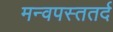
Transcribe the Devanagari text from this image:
मन्वपस्ततर्द